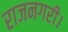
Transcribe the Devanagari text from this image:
राजनगरी।